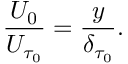
\frac { U _ { 0 } } { U _ { \tau _ { 0 } } } = \frac { y } { \delta _ { \tau _ { 0 } } } .